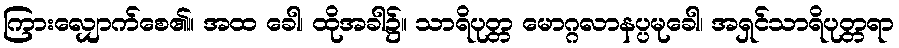
ကြားလျှောက်စေ၏။ အထ ခေါ၊ ထိုအခါ၌။ သာရိပုတ္တ မောဂ္ဂလာနပ္ပမုခေါ၊ အရှင်သာရိပုတ္တရာ